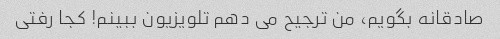
صادقانه بگویم، من ترجیح می دهم تلویزیون ببینم! کجا رفتی